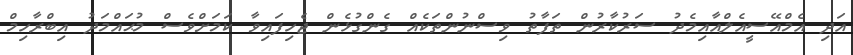
އަދި އެމްއޭސީއެލްއާއިމެދު ސަރުކާރުން ތަފާތު ވިސްނުންތަކެއް ގެންގުޅެން ޖެހިފައިވާ ކަމަށްވެސް މުޙައްމަދު އިބްރާހިމް